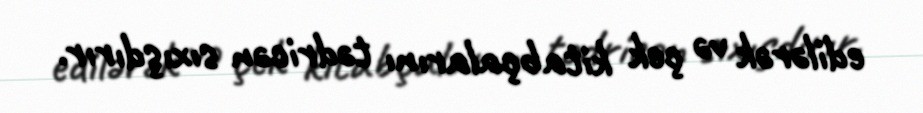
edilərək və çek kitabçalarını tədricən sıxışdırır.